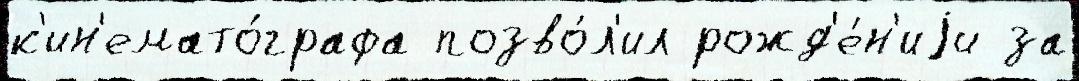
к'ин'емато́графа позво́л'ил рожд'е́н'иjи за